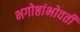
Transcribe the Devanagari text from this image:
भगोष्ठांभोवती